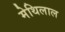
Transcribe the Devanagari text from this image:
मेथिलाल